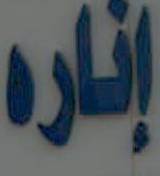
إناره